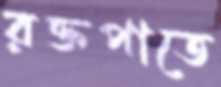
রক্তপাতে